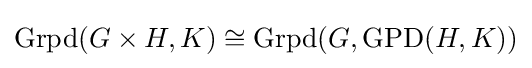
\operatorname {Grpd} (G\times H,K)\cong \operatorname {Grpd} (G,\operatorname {GPD} (H,K))